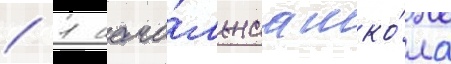
/ 1 нача́льнаа шко́ла